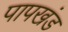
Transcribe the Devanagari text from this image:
पापखंड